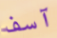
آسف